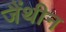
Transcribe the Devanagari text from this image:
जैंथीन